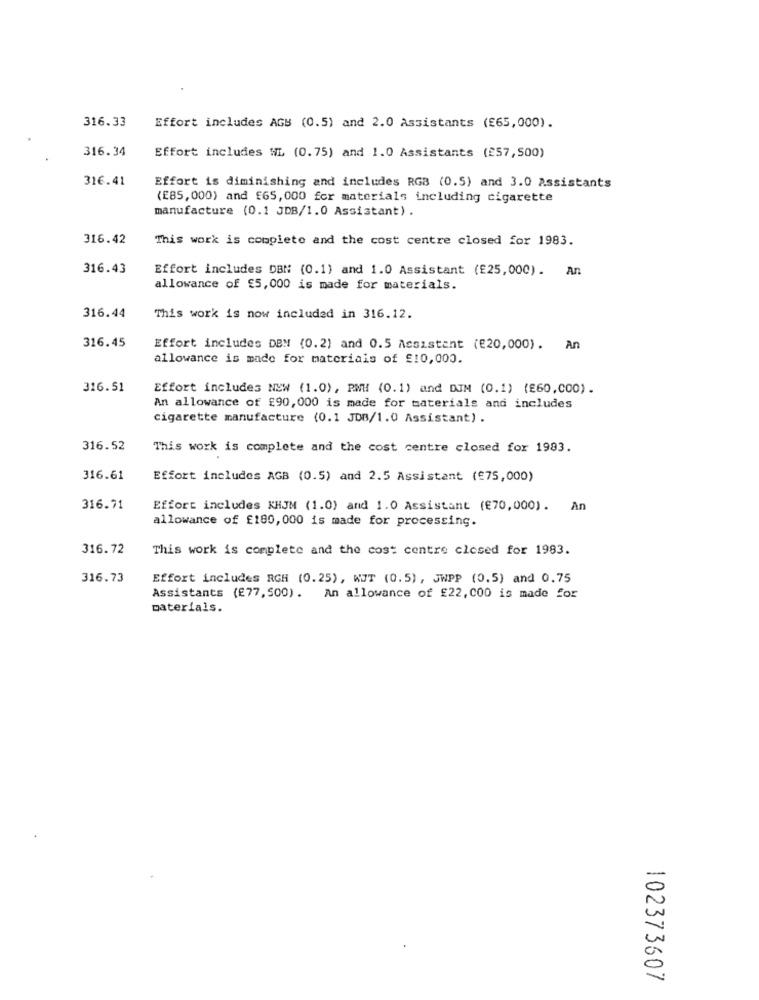
316.33
Effort includes AGB (0.5) and 2.0 Assistants (£65,000).
316.34
Effort includes WL (0.75) and 1.0 Assistants (257, 500)
316.41
Effort is diminishing and includes RGB (0.5) and 3.0 Assistants
(E85,000) and £65,000 for materials including cigarette
manufacture (0.1 JDB/1.0 Assistant) .
316.42
This work is complete and the cost centre closed for 1983.
316.43
Effort includes DBN (0.1) and 1.0 Assistant (£25,000). An
allowance of £5, 000 is made for materials.
316.44
This work is now included in 316.12.
316.45
Effort includes DBM (0.2) and 0.5 Assistant (€20,000). An
allowance is made for materiais of £10,000.
316.51
Effort includes NEW (1.0), PMH (0.1) and DJM (0.1) (£60,000).
An allowance of £90,000 is made for materials and includes
cigarette manufacture (0.1 JDB/1.0 Assistant) .
316.52
This work is complete and the cost centre closed for 1983.
316.61
Effort includes AGB (0.5) and 2.5 Assistant (€75,000)
316.71
Effort includes KHJM (1.0) and 1.0 Assistant (€70,000). An
allowance of £180, 000 is made for processing.
316.72
This work is complete and the cost centre closed for 1983.
316.73
Effort includes RGH (0.25), WOT (0.5), JWPP (0.5) and 0.75
Assistants (f77,500). an allowance of £22, 000 is made for
materials.
102373607